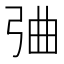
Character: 𢏣